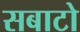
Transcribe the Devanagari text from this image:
सबाटो